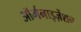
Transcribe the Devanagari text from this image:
ऑर्गनाइज़ेंशन